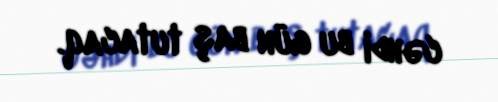
cəhdi bu gün baş tutacaq.